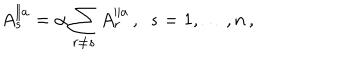
LaTeX: A _ { s } ^ { \parallel a } = \alpha \sum _ { r \ne s } A _ { r } ^ { \parallel a } \, , \ \ s = 1 , \ldots , n \, ,